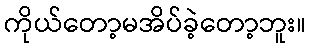
ကိုယ်တော့မအိပ်ခဲ့တော့ဘူး။